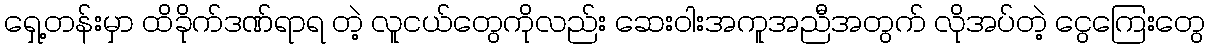
ရှေ့တန်းမှာ ထိခိုက်ဒဏ်ရာရ တဲ့ လူငယ်တွေကိုလည်း ဆေးဝါးအကူအညီအတွက် လိုအပ်တဲ့ ငွေကြေးတွေ